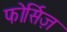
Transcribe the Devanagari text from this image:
फोर्सिज़